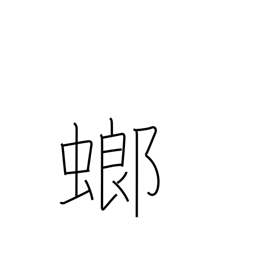
Meaning: mantis